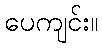
ပေကျင်း။